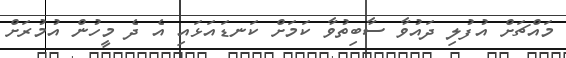
މައްޗަށް އުފުލި ދައުވާ ސާބިތުވާ ކަމަށް ކަނޑައަޅައި އެ ދެ މީހުން އުމުރަށް